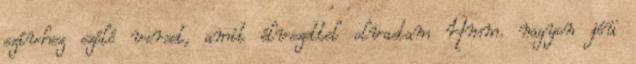
szívhez szóló verset, amit élvezettel olvastam Hmm. nagyon jóü